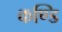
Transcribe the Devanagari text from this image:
कण्डि